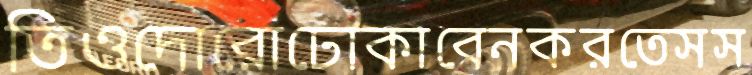
তিওদোরোঢোকাবেনকরতেসস